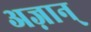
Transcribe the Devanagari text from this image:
अज़ान्